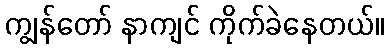
ကျွန်တော် နာကျင် ကိုက်ခဲနေတယ်။